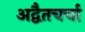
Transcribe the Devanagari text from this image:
अद्वैतचर्चा